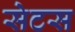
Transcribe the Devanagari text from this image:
सेटस